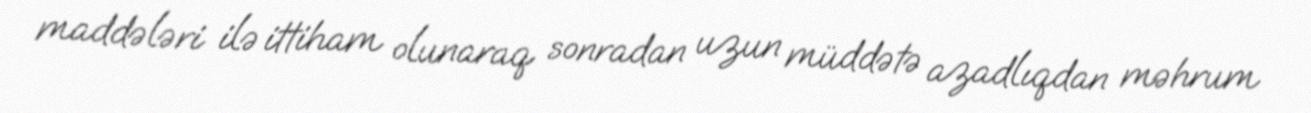
maddələri ilə ittiham olunaraq sonradan uzun müddətə azadlıqdan məhrum